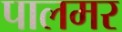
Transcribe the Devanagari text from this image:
पालमर